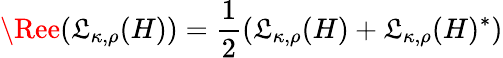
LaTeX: \Ree(\mathfrak{L}_{\kappa,\rho}(H))=\frac{{1}}{{2}}(\mathfrak{L}_{\kappa,\rho}(H)+\mathfrak{L}_{\kappa,\rho}(H)^{*})